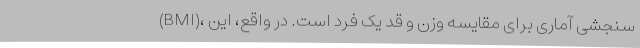
(BMI)، سنجشی آماری برای مقایسه‌ وزن و قد یک فرد است. در واقع، این